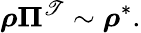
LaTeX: \boldsymbol{\rho}\boldsymbol{\Pi}^{\mathscr{T}}\sim\boldsymbol{\rho}^{*}.